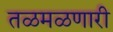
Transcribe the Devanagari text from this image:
तळमळणारी